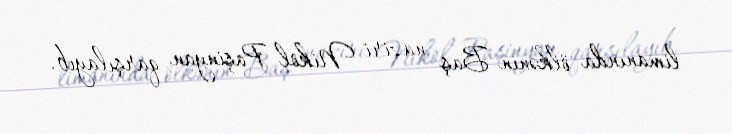
limanında ölkənin Baş naziri Nikol Paşinyan qarşılayıb.